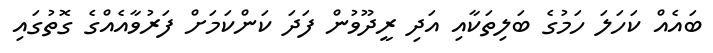
ބައެއް ކަހަލަ ހަމުގެ ބަލިތަކާއި އަދި ރީދޫވުން ފަދަ ކަންކަމަށް ފަރުވާއެއްގެ ގޮތުގައި